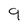
Character: 9